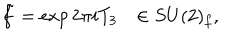
\tilde { f } = \exp 2 \pi i T _ { 3 } \ \ \ \in S U ( 2 ) _ { f } ,